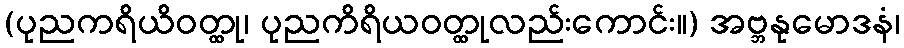
(ပုညကရိယိဝတ္ထု၊ ပုညကိရိယဝတ္ထုလည်းကောင်း။) အဗ္ဘနုမောဒနံ၊